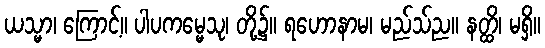
ယသ္မာ၊ ကြောင့်။ ပါပကမ္မေသု၊ တို့၌။ ရဟောနာမ၊ မည်သ်ည။ နတ္ထိ၊ မရှိ။